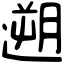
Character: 遡